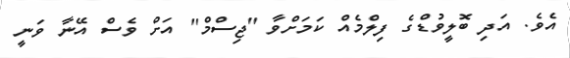
އެވެ. އަދި ބޮލީވުޑްގެ ފިލްމެއް ކަމަށްވާ "ޖިސްމް" އަށް ވެސް އޭނާ ވަނީ